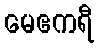
မေဧကရီ